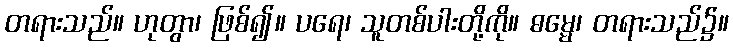
တရားသည်။ ဟုတွာ၊ ဖြစ်၍။ ပရေ၊ သူတစ်ပါးတို့ကို။ ဓမ္မေ၊ တရားသည်၌။